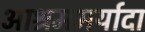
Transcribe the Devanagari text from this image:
आश्रममर्यादा